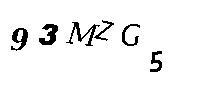
93MZG5